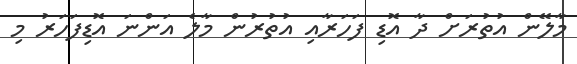
މާލޭން އުތުރަށް ދާ އޮޑި ފަހަރާއި އުތުރުން މާލެ އަންނަ އޮޑިފަހަރު މި